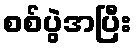
စစ်ပွဲအပြီး